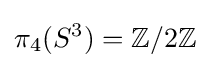
\pi _{4}(S^{3})=\mathbb {Z} /2\mathbb {Z}